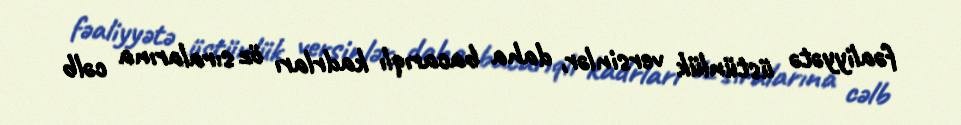
fəaliyyətə üstünlük versinlər, daha bacarıqlı kadrları öz sıralarına cəlb